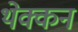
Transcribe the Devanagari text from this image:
थेक्कन